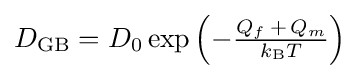
D_{\rm {GB}}=D_{0}\exp \left(-{\tfrac {Q_{f}\,+\,Q_{m}}{k_{\rm {B}}T}}\right)